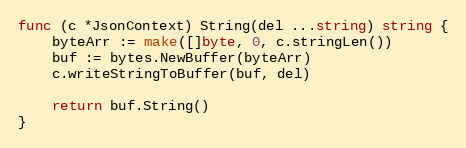
Language: Go
func (c *JsonContext) String(del ...string) string {
	byteArr := make([]byte, 0, c.stringLen())
	buf := bytes.NewBuffer(byteArr)
	c.writeStringToBuffer(buf, del)

	return buf.String()
}